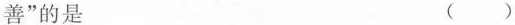
善”的是 ( )